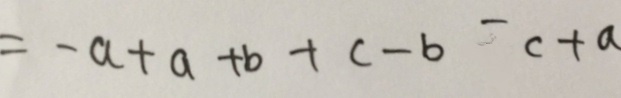
= - a + a + b + c - b - c + a